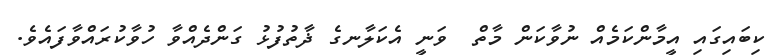
ކިބައިގައި އީމާންކަމެއް ނުވާކަން މާތް  ވަނީ އެކަލާނގެ ޛާތުފުޅު ގަންދެއްވާ ހުވާކުރައްވާފައެވެ.